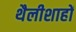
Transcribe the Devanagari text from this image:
थैलीशाहों